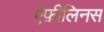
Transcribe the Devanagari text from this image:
ऐफ़ीलिनस